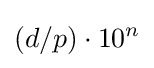
(d/p)\cdot 10^{n}